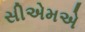
સીએમએ